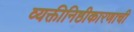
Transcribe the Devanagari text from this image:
व्यक्तीनिष्ठीकारणाची